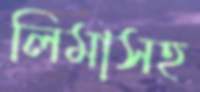
লিমাসহ